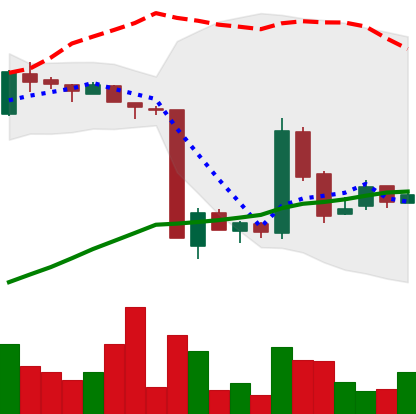
Ticker: LTC-USD
Chart end date: 2016-01-26
Forward return: -3.254%
Label: down_3_5